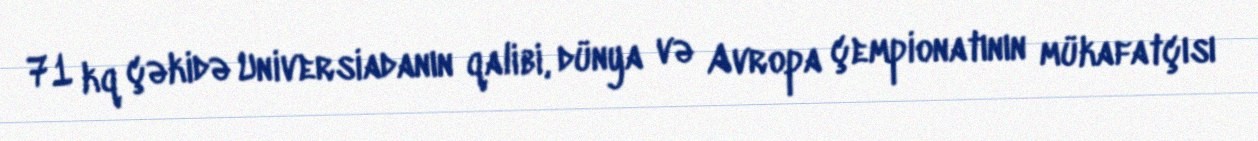
71 kq çəkidə Universiadanın qalibi, dünya və Avropa çempionatının mükafatçısı